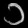
Digit: ၁